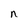
Character: n